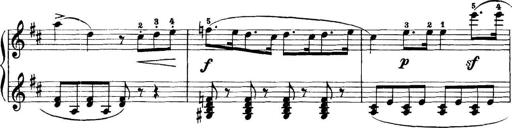
Title: 11 Sonatinas
Composer: Anton Diabelli